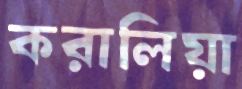
করালিয়া